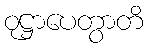
ဝုဋ္ဌာပေတွာတိ